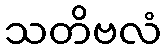
သတိဗလံ